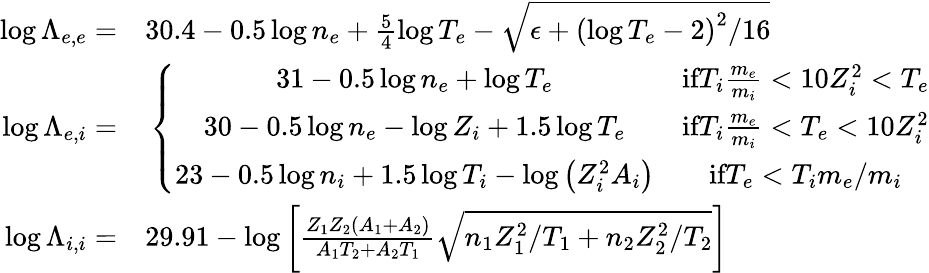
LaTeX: \begin{array}{rl}{\log\Lambda_{e,e}=}&{{}30.4-0.5\log n_{e}+\frac{5}{4}\log T_{e}-\sqrt{\epsilon+\left(\log T_{e}-2\right)^{2}/16}}\\ {\log\Lambda_{e,i}=}&{{}\left\{ \begin{array}{cc}{31-0.5\log n_{e}+\log T_{e}}&{\textrm{if}T_{i}\frac{m_{e}}{m_{i}}<10Z_{i}^{2}<T_{e}}\\ {30-0.5\log n_{e}-\log Z_{i}+1.5\log T_{e}}&{\textrm{if}T_{i}\frac{m_{e}}{m_{i}}<T_{e}<10Z_{i}^{2}}\\ {23-0.5\log n_{i}+1.5\log T_{i}-\log\left(Z_{i}^{2}A_{i}\right)}&{\textrm{if}T_{e}<T_{i}m_{e}/m_{i}}\end{array}\right.}\\ {\log\Lambda_{i,i}=}&{{}29.91-\log\left[\frac{Z_{1}Z_{2}\left(A_{1}+A_{2}\right)}{A_{1}T_{2}+A_{2}T_{1}}\sqrt{n_{1}Z_{1}^{2}/T_{1}+n_{2}Z_{2}^{2}/T_{2}}\right]}\end{array}